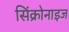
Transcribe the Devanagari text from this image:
सिंक्रोनाइज